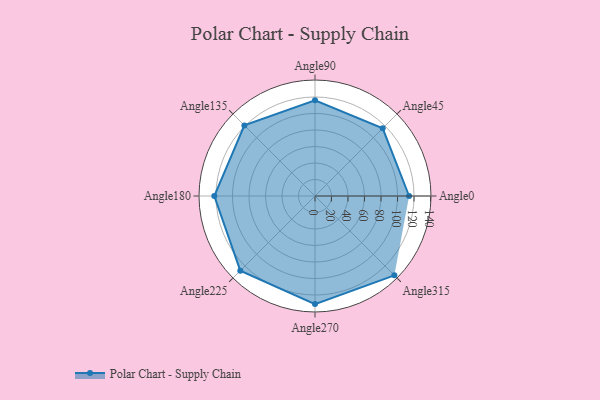
{"axis": {"x": "Angle", "y": "Radius"}, "legend": [""], "data": [{"x": "Angle0", "y": 114.0, "type": ""}, {"x": "Angle45", "y": 116.0, "type": ""}, {"x": "Angle90", "y": 116.0, "type": ""}, {"x": "Angle135", "y": 121.0, "type": ""}, {"x": "Angle180", "y": 122.0, "type": ""}, {"x": "Angle225", "y": 128.0, "type": ""}, {"x": "Angle270", "y": 131.0, "type": ""}, {"x": "Angle315", "y": 136.0, "type": ""}]}